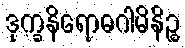
ဒုက္ခနိရောဓဂါမိနိဉ္စ